King Institute of Preventive Medicine Micro-Biological Section reports 1909-11
Year: 1909
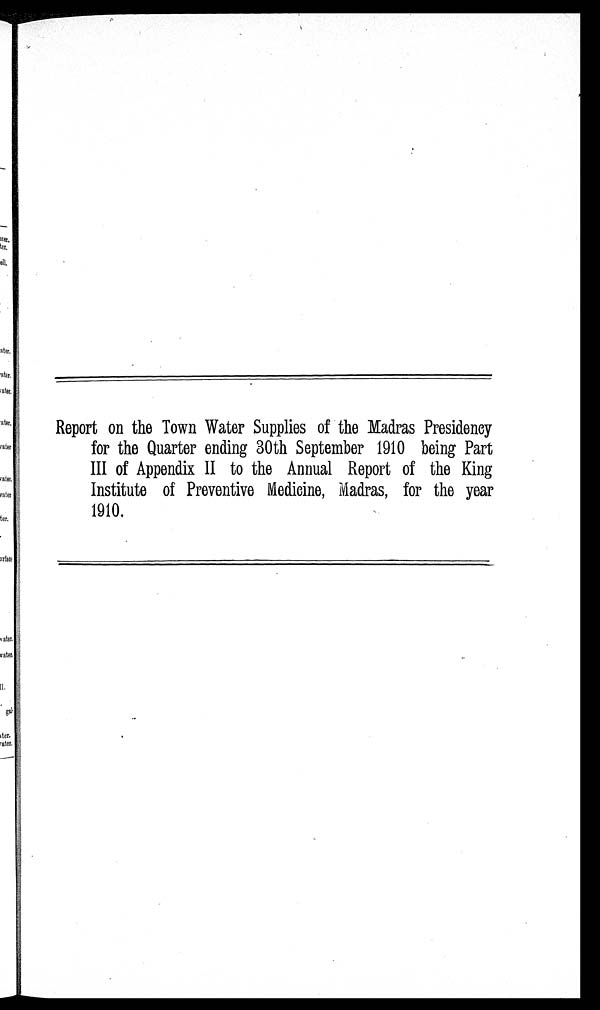
Report on the Town Water Supplies of the Madras Presidency
for the Quarter ending 30th September 1910 being Part
III of Appendix II to the Annual Report of the King
Institute of Preventive Medicine, Madras, for the year
1910.